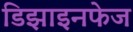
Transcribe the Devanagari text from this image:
डिझाइनफेज